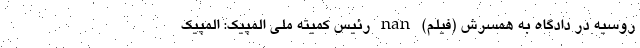
روسیه در دادگاه به همسرش (فیلم) nan رئیس کمیته ملی المپیک: المپیک